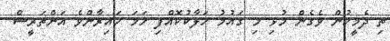
ތި ދެމީހުން ވެގެން މުޅި މި ގައުމު ހަލާކުކޮއްފި ހަމަ ހައިރާންވެ އަންތަރީސް